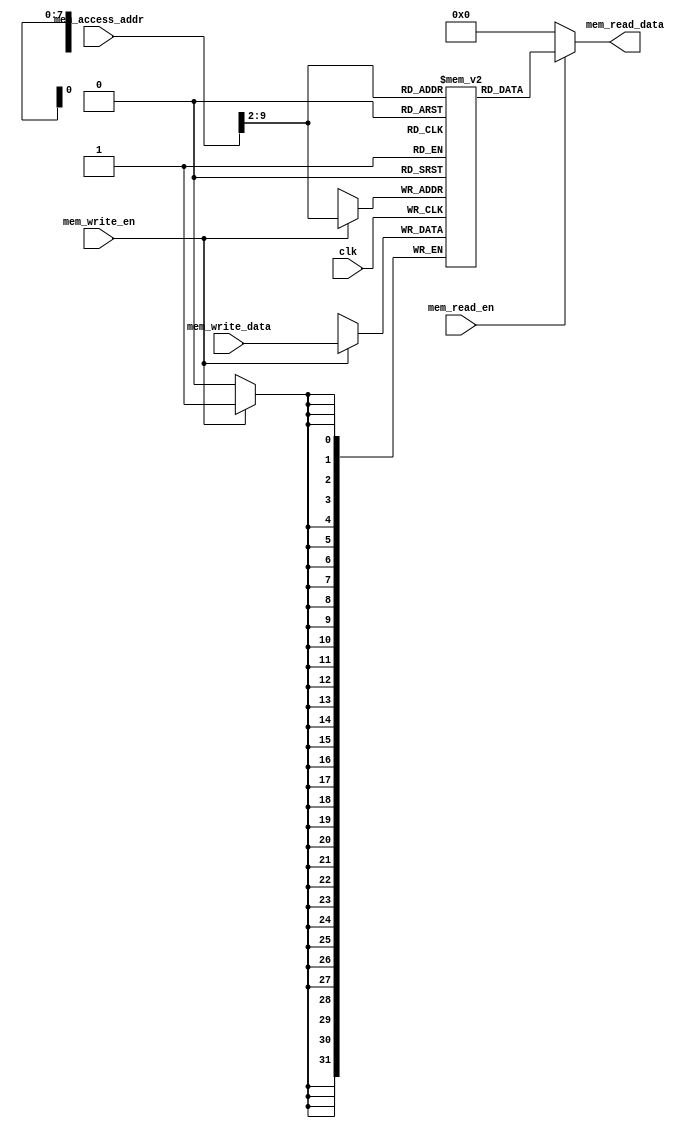
`timescale 1ns / 1ps
//////////////////////////////////////////////////////////////////////////////////
// Company: 
// Engineer: 
// 
// Design Name: 
// Module Name: data_memory
// Project Name: 
// Target Devices: 
// Tool Versions: 
// Description: 
// 
// Dependencies: 
// 
// Revision:
// Revision 0.01 - File Created
// Additional Comments:
// 
//////////////////////////////////////////////////////////////////////////////////


module data_memory(
    input clk,
    input [31:0] mem_access_addr,
    input [31:0] mem_write_data,
    input mem_write_en,
    input mem_read_en,
    output [31:0] mem_read_data);
  
    integer i;  
    reg [31:0] ram [255:0];  // Don't change this name
    wire [7 : 0] ram_addr = mem_access_addr[9 : 2];  
    
    initial 
    begin  
       for(i=0;i<256;i=i+1)  
           ram[i] <= 32'd0;  
    end  
        
    always @(posedge clk) 
    begin  
       if (mem_write_en)  
           ram[ram_addr] <= mem_write_data;  
    end  
      
    assign mem_read_data = (mem_read_en==1'b1) ? ram[ram_addr]: 32'd0;
            
endmodule